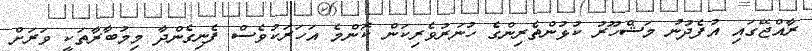
ރާއްޖޭގައި އުފެދުނު މަޝްހޫރު ކުޅުންތެރިންގެ ހުނަރުވެރިކަން ކޮންމެ އަހަރަކުވެސް ފެނިގެންދާ މިމުބާރާތަކީ ވަރަށް